Leprosy in India: report of the Leprosy Commission in India, 1890-91
Year: 1890
Disease focus: Leprosy
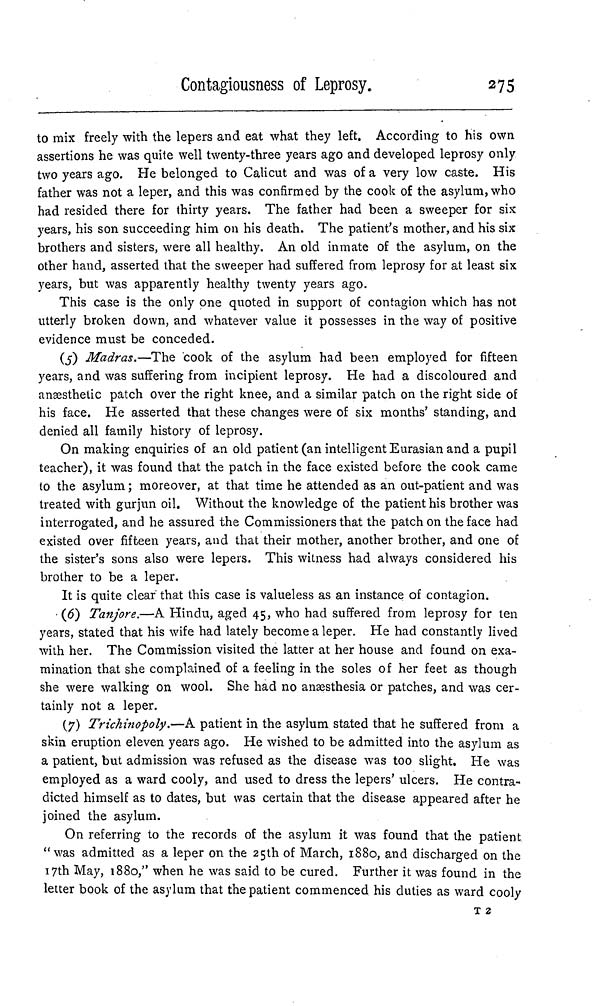
Contagiousness of Leprosy.
275
to mix freely with the lepers and eat what they left. According to his own
assertions he was quite well twenty-three years ago and developed leprosy only
two years ago. He belonged to Calicut and was of a very low caste. His
father was not a leper, and this was confirmed by the cook of the asylum, who
had resided there for thirty years. The father had been a sweeper for six
years, his son succeeding him on his death. The patient's mother, and his six
brothers and sisters, were all healthy. An old inmate of the asylum, on the
other hand, asserted that the sweeper had suffered from leprosy for at least six
years, but was apparently healthy twenty years ago.
This case is the only one quoted in support of contagion which has not
utterly broken down, and whatever value it possesses in the way of positive
evidence must be conceded.
(5) Madras.—The cook of the asylum had been employed for fifteen
years, and was suffering from incipient leprosy. He had a discoloured and
anaesthetic patch over the right knee, and a similar patch on the right side of
his face. He asserted that these changes were of six months' standing, and
denied all family history of leprosy.
On making enquiries of an old patient (an intelligent Eurasian and a pupil
teacher), it was found that the patch in the face existed before the cook came
to the asylum ; moreover, at that time he attended as an out-patient and was
treated with gurjun oil. Without the knowledge of the patient his brother was
interrogated, and he assured the Commissioners that the patch on the face had
existed over fifteen years, and that their mother, another brother, and one of
the sister's sons also were lepers. This witness had always considered his
brother to be a leper.
It is quite clear that this case is valueless as an instance of contagion.
(6) Tanjore.—A Hindu, aged 45, who had suffered from leprosy for ten
years, stated that his wife had lately become a leper. He had constantly lived
with her. The Commission visited the latter at her house and found on exa-
mination that she complained of a feeling in the soles of her feet as though
she were walking on wool. She had no anaesthesia or patches, and was cer-
tainly not a leper.
(7) Trichinopoly.—A patient in the asylum stated that he suffered from a
skin eruption eleven years ago. He wished to be admitted into the asylum as
a patient, but admission was refused as the disease was too slight. He was
employed as a ward cooly, and used to dress the lepers' ulcers. He contra-
dicted himself as to dates, but was certain that the disease appeared after he
joined the asylum.
On referring to the records of the asylum it was found that the patient
"was admitted as a leper on the 25th of March, 1880, and discharged on the
17th May, 1880," when he was said to be cured. Further it was found in the
letter book of the asylum that the patient commenced his duties as ward cooly
T 2